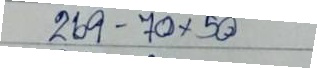
269 - 70 x 50